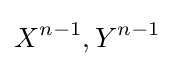
X^{n-1},Y^{n-1}